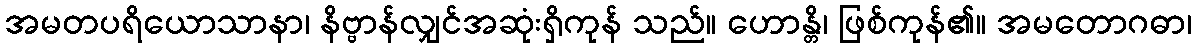
အမတပရိယောသာနာ၊ နိဗ္ဗာန်လျှင်အဆုံးရှိကုန် သည်။ ဟောန္တိ၊ ဖြစ်ကုန်၏။ အမတောဂဓာ၊